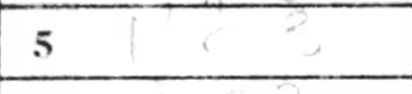
Transcription: Nc3